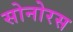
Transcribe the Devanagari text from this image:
सोनोरस